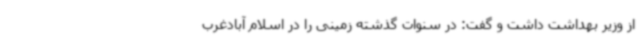
از وزیر بهداشت داشت و گفت: در سنوات گذشته زمینی را در اسلام آبادغرب